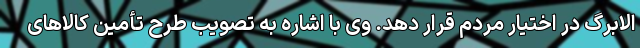
الابرگ در اختیار مردم قرار دهد. وی با اشاره به تصویب طرح تأمین کالاهای